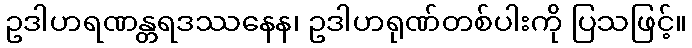
ဥဒါဟရဏန္တရဒဿနေန၊ ဥဒါဟရုဏ်တစ်ပါးကို ပြသဖြင့်။